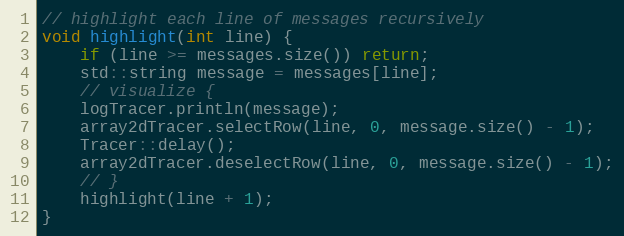
Language: C++
// highlight each line of messages recursively
void highlight(int line) {
    if (line >= messages.size()) return;
    std::string message = messages[line];
    // visualize {
    logTracer.println(message);
    array2dTracer.selectRow(line, 0, message.size() - 1);
    Tracer::delay();
    array2dTracer.deselectRow(line, 0, message.size() - 1);
    // }
    highlight(line + 1);
}